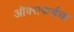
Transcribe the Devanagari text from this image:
ऑक्सफर्डचा